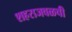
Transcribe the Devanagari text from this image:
शहराजवळची